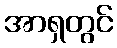
အာရှတွင်